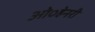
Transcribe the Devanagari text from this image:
ओ०हेनरी